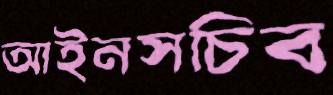
আইনসচিব